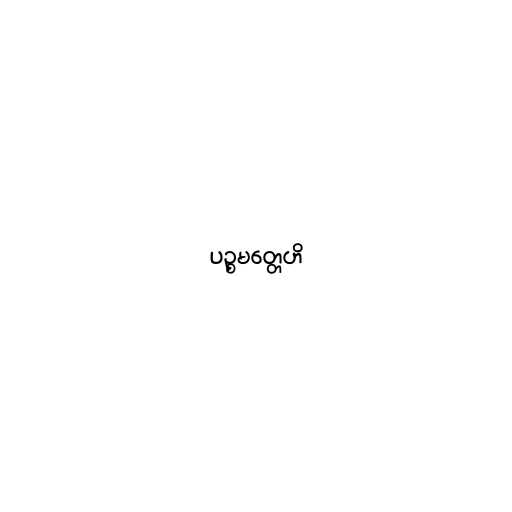
ပဉ္စမတ္တေဟိ